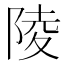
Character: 陵